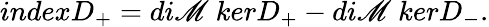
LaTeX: indexD_{+}=di\mathscr{M}{\ }kerD_{+}-di\mathscr{M}{\ }kerD_{-}.